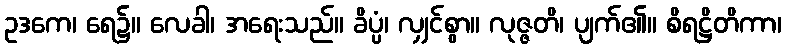
ဥဒကေ၊ ရေ၌။ လေခါ၊ အရေးသည်။ ခိပ္ပံ၊ လျှင်စွာ။ လုဇ္ဇတိ၊ ပျက်၏။ စိရဋ္ဌိတိကာ၊